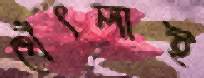
থেঁৎলাই